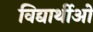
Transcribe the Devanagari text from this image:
विद्यार्थीओ